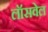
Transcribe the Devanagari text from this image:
लॉसवेल